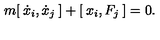
m [ \: \dot { x } _ { i } , \dot { x } _ { j } \: ] + [ \: x _ { i } , F _ { j } \: ] = 0 .